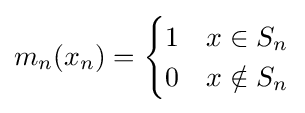
m_{n}(x_{n})={\begin{cases}1&x\in S_{n}\\0&x\notin S_{n}\end{cases}}